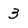
Character: 3